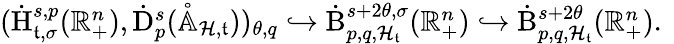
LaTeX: \begin{array}{r}{(\dot{\mathrm{H}}_{\mathfrak{t},\sigma}^{s,p}(\mathbb{R}_{+}^{n}),\dot{\mathrm{D}}_{p}^{s}(\mathring{\mathbb{A}}_{\mathcal{H},\mathfrak{t}}))_{\theta,q}\hookrightarrow\dot{\mathrm{B}}_{p,q,\mathcal{H}_{\mathfrak{t}}}^{s+2\theta,\sigma}(\mathbb{R}_{+}^{n})\hookrightarrow\dot{\mathrm{B}}_{p,q,\mathcal{H}_{\mathfrak{t}}}^{s+2\theta}(\mathbb{R}_{+}^{n})\mathrm{.~}}\end{array}